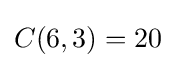
C(6,3)=20